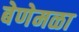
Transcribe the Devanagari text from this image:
बेणेमळा